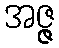
အဇ္ဇ